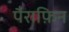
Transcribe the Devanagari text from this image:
पैराफ़िन